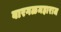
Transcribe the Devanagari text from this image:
बारगळमहाराज